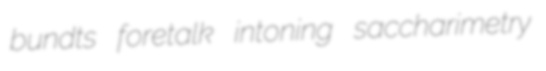
bundts foretalk intoning saccharimetry